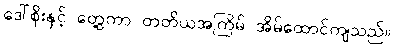
ဒေါ်စိုးနှင့် တွေ့ကာ တတိယအကြိမ် အိမ်ထောင်ကျသည်။